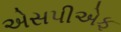
એસપીએફ